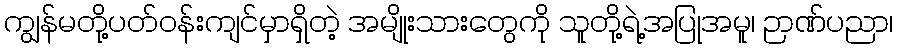
ကျွန်မတို့ပတ်၀န်းကျင်မှာရှိတဲ့ အမျိုးသားတွေကို သူတို့ရဲ့အပြုအမူ၊ ဉာဏ်ပညာ၊